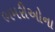
ભમરીઓના